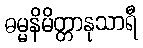
ဓမ္မနိမိတ္တာနုသာရီ